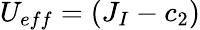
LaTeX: U_{eff}=(J_{I}-c_{2})